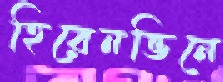
হিরেনভিনে